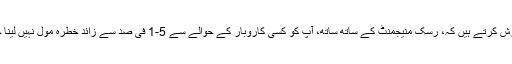
ہم سفارش کرتے ہیں کہ، رسک منیجمنٹ کے ساتھ ساتھ، آپ کو کسی کاروبار کے حوالے سے 5-1 فی صد سے زائد خطرہ مول نہیں لینا چاہیے۔